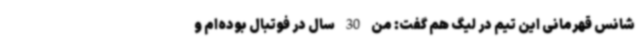
شانس قهرمانی این تیم در لیگ هم گفت: من 30 سال در فوتبال بوده‌ام و